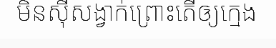
មិនស៊ីសង្វាក់ព្រោះតើឲ្យក្មេង